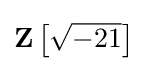
\mathbf {Z} \left[{\sqrt {-21}}\right]